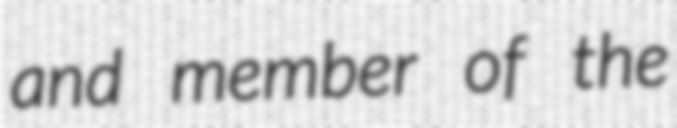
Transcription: and member of the